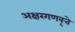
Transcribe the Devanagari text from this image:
अक्षरगणवृत्ते